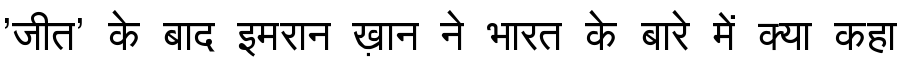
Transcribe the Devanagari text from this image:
'जीत' के बाद इमरान ख़ान ने भारत के बारे में क्या कहा